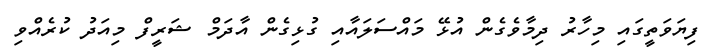
ފިޔަވަތީގައި މިހާރު ދިމާވެގެން އުޅޭ މައްސަލައާއި ގުޅިގެން އާދަމް ޝަރީފް މިއަދު ކުރެއްވި